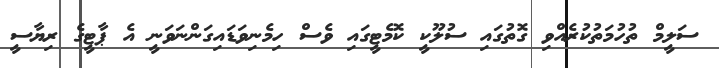
ސަލީމް ތުހުމަތުކުރެއްވި ގޮތުގައި ސުލޫކީ ކޮމެޓީގައި ވެސް ހިމެނިވަޑައިގަންނަވަނީ އެ ޕާޓީގެ ރިޔާސީ